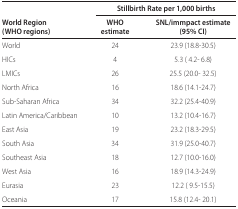
<table><thead><tr><td></td><td colspan="2"><b>Stillbirth Rate per 1,000 births</b></td></tr><tr><td><b>World Region (WHO regions) </b></td><td><b>WHO estimate </b></td><td><b>SNL/immpact estimate (95% CI) </b></td></tr></thead><tbody><tr><td>World </td><td>24 </td><td>23.9 (18.8-30.5) </td></tr><tr><td>HICs </td><td>4 </td><td>5.3 ( 4.2- 6.8) </td></tr><tr><td>LMICs </td><td>26 </td><td>25.5 (20.0- 32.5) </td></tr><tr><td>North Africa </td><td>16 </td><td>18.6 (14.1-24.7) </td></tr><tr><td>Sub-Saharan Africa </td><td>34 </td><td>32.2 (25.4-40.9) </td></tr><tr><td>Latin America/Caribbean </td><td>10 </td><td>13.2 (10.4-16.7) </td></tr><tr><td>East Asia </td><td>19 </td><td>23.2 (18.3-29.5) </td></tr><tr><td>South Asia </td><td>34 </td><td>31.9 (25.0-40.7) </td></tr><tr><td>Southeast Asia </td><td>18 </td><td>12.7 (10.0-16.0) </td></tr><tr><td>West Asia </td><td>16 </td><td>18.9 (14.3-24.9) </td></tr><tr><td>Eurasia </td><td>23 </td><td>12.2 ( 9.5-15.5) </td></tr><tr><td>Oceania </td><td>17 </td><td>15.8 (12.4- 20.1) </td></tr></tbody></table>